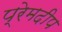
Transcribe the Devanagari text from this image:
प्रेमदीप